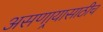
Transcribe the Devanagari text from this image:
असणार्‍यासाठीच